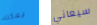
يمكنك سيعاني